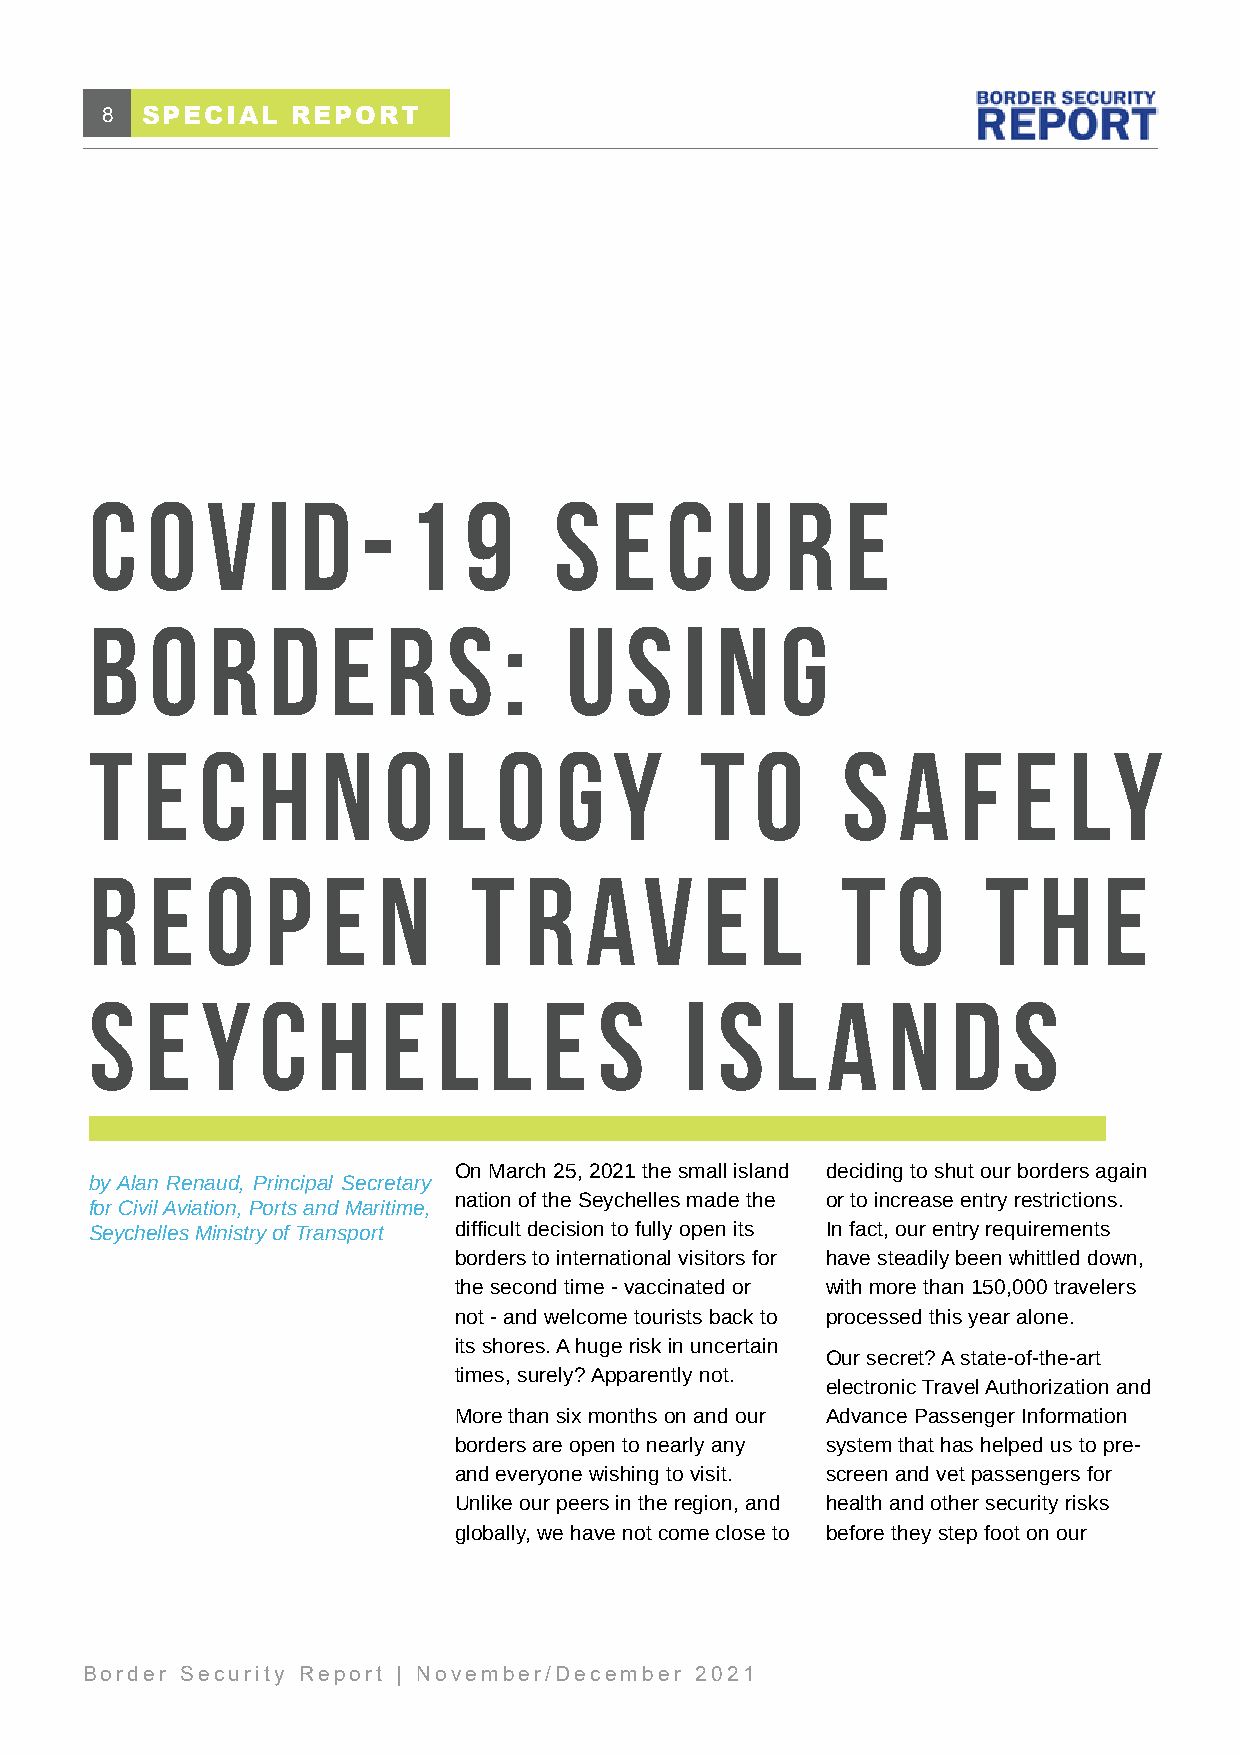
8 SPECIAL   REPORT
 C   O   V   I D   -  1   9    S   E  C   U   R   E
 B   O   R   D   E   R   S:     US     I N   G
 T  E   C   H   N   O   L   O   G   Y   T   O   S   A   F  E   LY
 R   E   O   P  E   N    T  R   A   V   E   L   T   O   T   H   E
 SE     Y  C   H    E  L   L  E   S   I S   L   A   N   D   S
 On March 25, 2021 the small island deciding to shut our borders again
 by Alan Renaud, Principal Secretary
 nation of the Seychelles made the or to increase entry restrictions.
 for Civil Aviation, Ports and Maritime,
 Seychelles Ministry of Transport difficult decision to fully open its In fact, our entry requirements
 borders to international visitors for have steadily been whittled down,
 the second time - vaccinated or with more than 150,000 travelers
 not - and welcome tourists back to processed this year alone.
 its shores. A huge risk in uncertain
 Our secret? A state-of-the-art
 times, surely? Apparently not.
 electronic Travel Authorization and
 More than six months on and our Advance Passenger Information
 borders are open to nearly any system that has helped us to pre-
 and everyone wishing to visit. screen and vet passengers for
 Unlike our peers in the region, and health and other security risks
 globally, we have not come close to before they step foot on our
 Border Security Report | November/December 2021